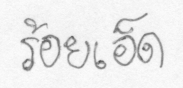
ร้อยเอ็ด